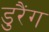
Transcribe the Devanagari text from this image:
डुरैंग